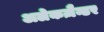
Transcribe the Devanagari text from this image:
अलेकज़ैन्डर